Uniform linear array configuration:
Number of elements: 12
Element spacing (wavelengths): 1
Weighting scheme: hann
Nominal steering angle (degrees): -60
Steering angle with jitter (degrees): -60.792
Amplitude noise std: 0.05
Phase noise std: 0.05

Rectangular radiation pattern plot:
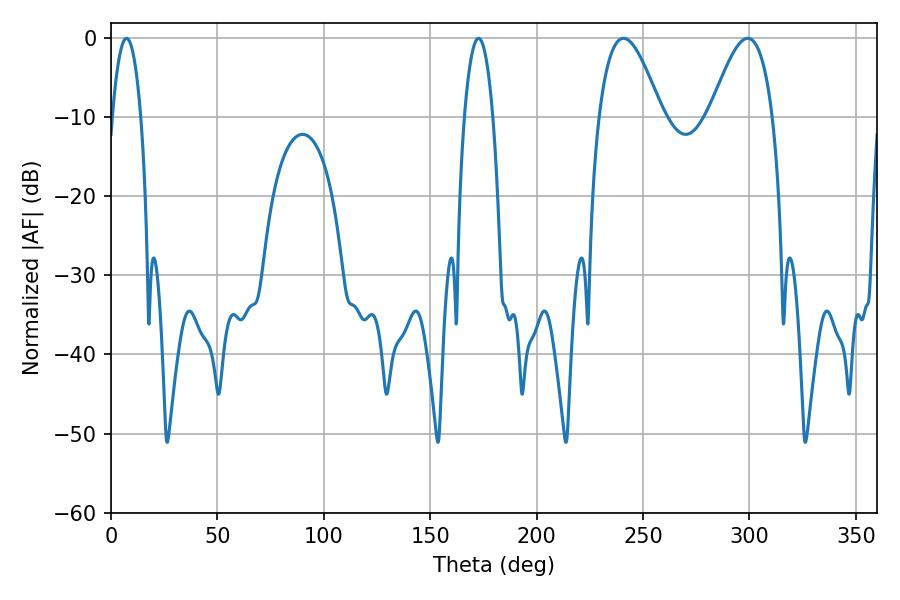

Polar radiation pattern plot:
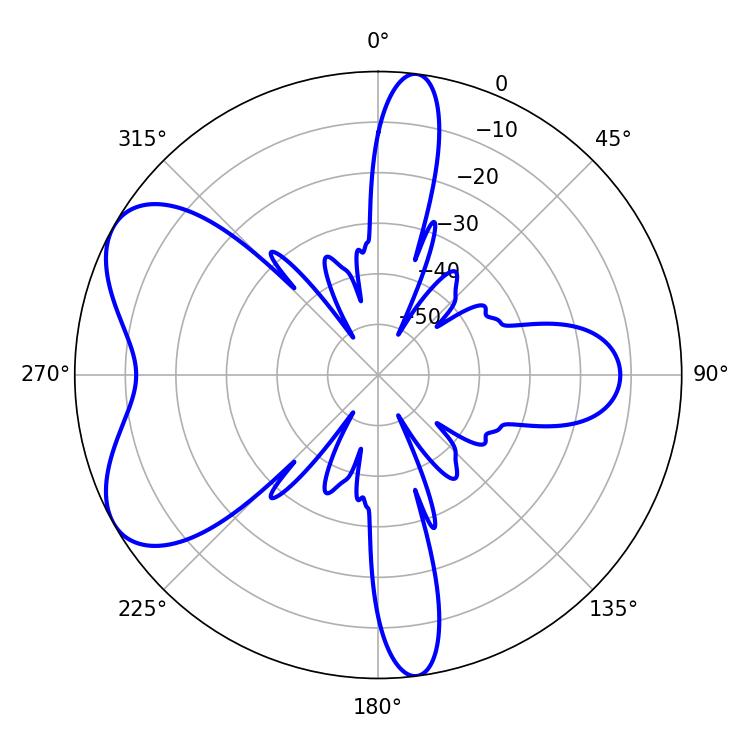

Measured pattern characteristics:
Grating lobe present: TRUE
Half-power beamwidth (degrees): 16.02
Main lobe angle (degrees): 240.84